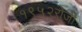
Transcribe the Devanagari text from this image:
१९५२रोजी